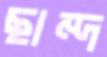
ছান্দ